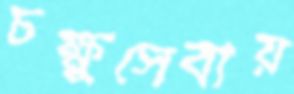
চক্ষুসেবায়